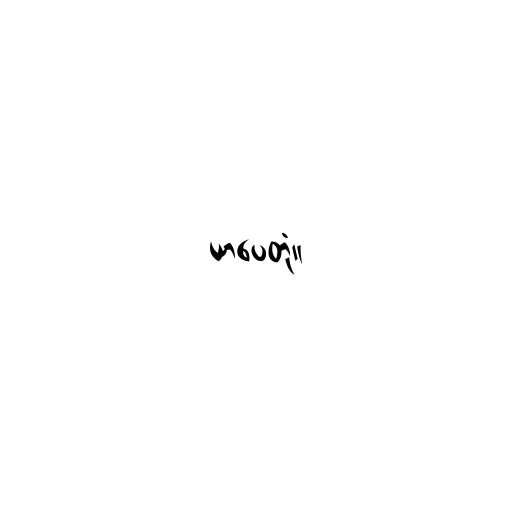
ယာပေတုံ။